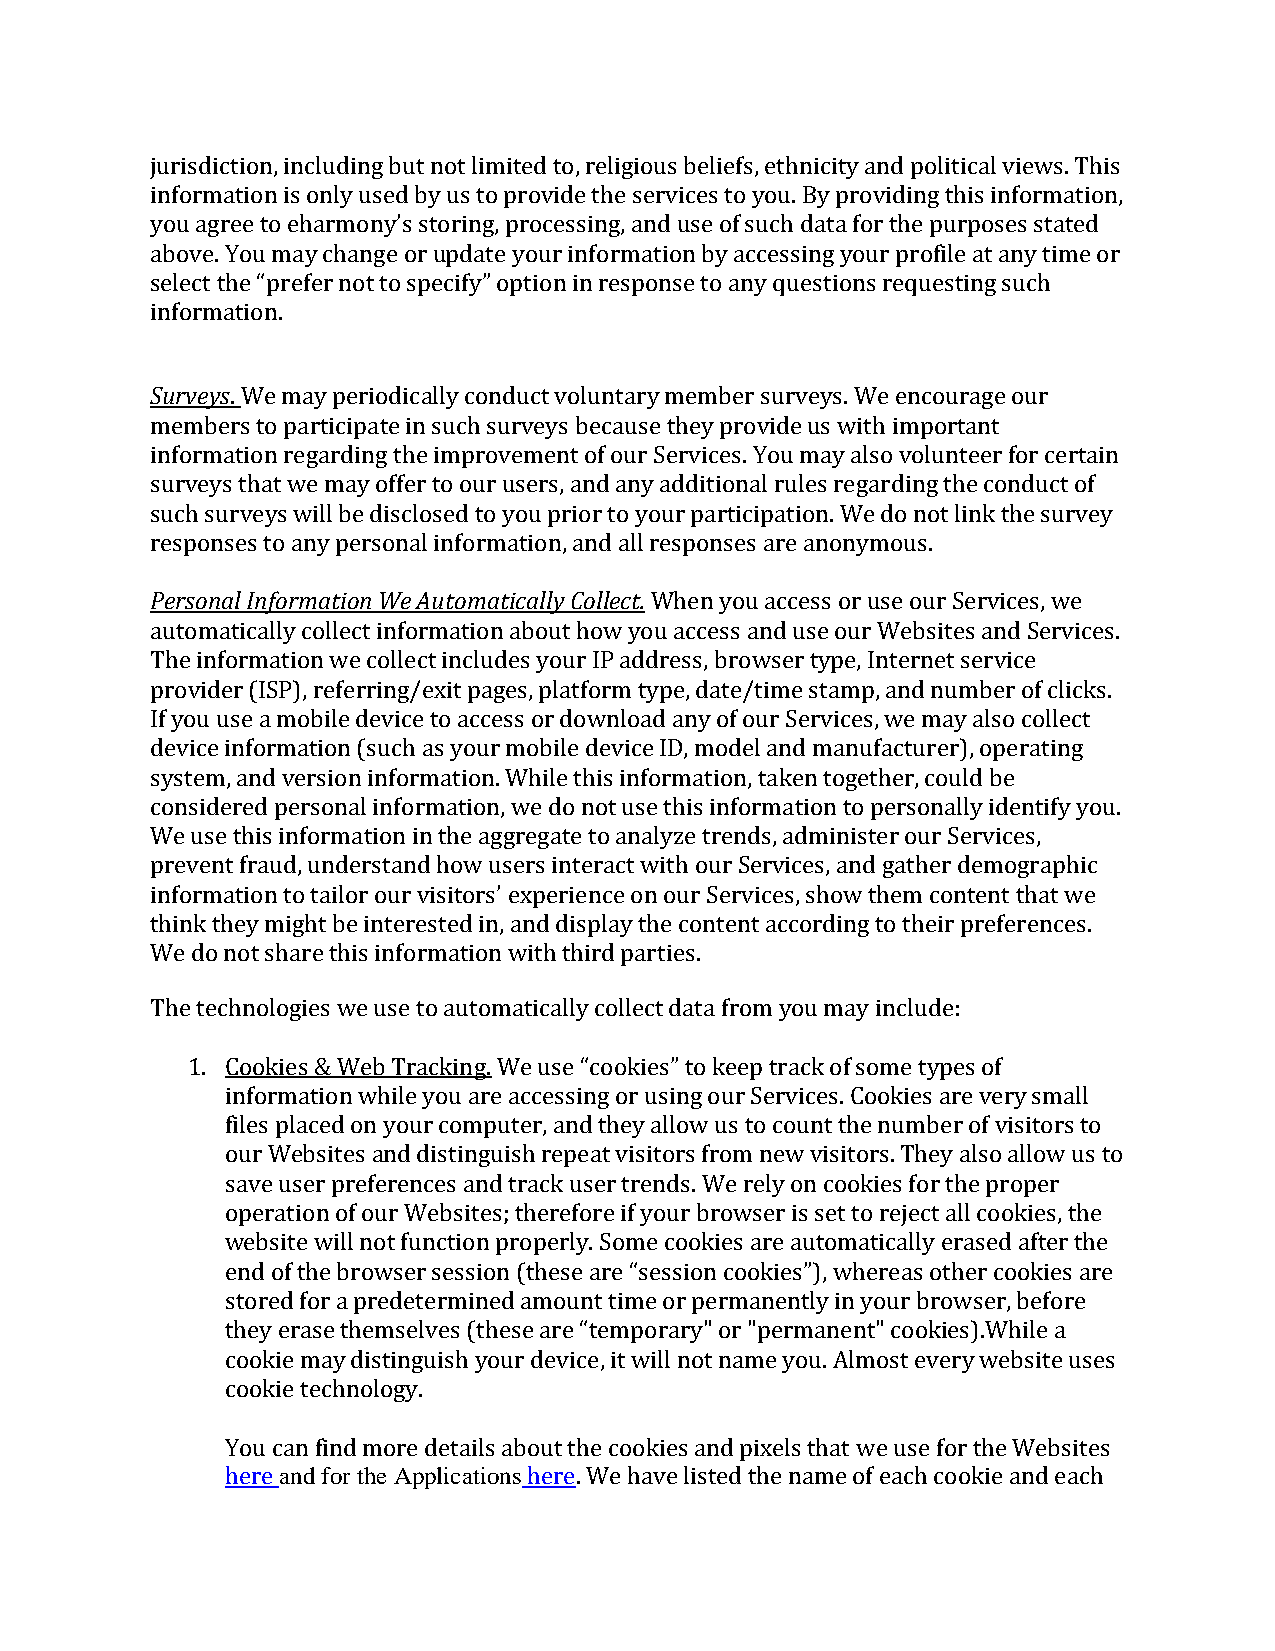
jurisdiction, including but not limited to, religious beliefs, ethnicity and political views. This
 information is only used by us to provide the services to you. By providing this information,
 you agree to eharmony’s storing, processing, and use of such data for the purposes stated
 above. You may change or update your information by accessing your profile at any time or
 select the “prefer not to specify” option in response to any questions requesting such
 information.
 Surveys. We may periodically conduct voluntary member surveys. We encourage our
 members to participate in such surveys because they provide us with important
 information regarding the improvement of our Services. You may also volunteer for certain
 surveys that we may offer to our users, and any additional rules regarding the conduct of
 such surveys will be disclosed to you prior to your participation. We do not link the survey
 responses to any personal information, and all responses are anonymous.
 Personal Information We Automatically Collect. When you access or use our Services, we
 automatically collect information about how you access and use our Websites and Services.
 The information we collect includes your IP address, browser type, Internet service
 provider (ISP), referring/exit pages, platform type, date/time stamp, and number of clicks.
 If you use a mobile device to access or download any of our Services, we may also collect
 device information (such as your mobile device ID, model and manufacturer), operating
 system, and version information. While this information, taken together, could be
 considered personal information, we do not use this information to personally identify you.
 We use this information in the aggregate to analyze trends, administer our Services,
 prevent fraud, understand how users interact with our Services, and gather demographic
 information to tailor our visitors’ experience on our Services, show them content that we
 think they might be interested in, and display the content according to their preferences.
 We do not share this information with third parties.
 The technologies we use to automatically collect data from you may include:
 1. Cookies & Web Tracking. We use “cookies” to keep track of some types of
 information while you are accessing or using our Services. Cookies are very small
 files placed on your computer, and they allow us to count the number of visitors to
 our Websites and distinguish repeat visitors from new visitors. They also allow us to
 save user preferences and track user trends. We rely on cookies for the proper
 operation of our Websites; therefore if your browser is set to reject all cookies, the
 website will not function properly. Some cookies are automatically erased after the
 end of the browser session (these are “session cookies”), whereas other cookies are
 stored for a predetermined amount time or permanently in your browser, before
 they erase themselves (these are “temporary" or "permanent" cookies).While a
 cookie may distinguish your device, it will not name you. Almost every website uses
 cookie technology.
 You can find more details about the cookies and pixels that we use for the Websites
 here and for the Applications here. We have listed the name of each cookie and each